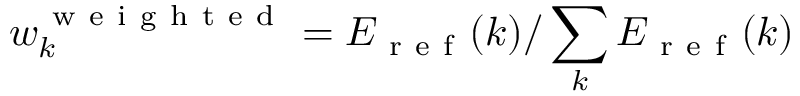
w _ { k } ^ { \mathrm { ~ w ~ e ~ i ~ g ~ h ~ t ~ e ~ d ~ } } = E _ { \mathrm { ~ r ~ e ~ f ~ } } ( k ) / \sum _ { k } E _ { \mathrm { ~ r ~ e ~ f ~ } } ( k )